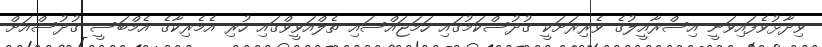
ވިދާޅުވެފައިވަނީ އިސްރާއީލުގެ ވެރިރަށަކީ ގުދުސްކަމުގައި ހަމަޖައްސައި ތެލްއަވީވްގައި ހުރި އެމެރިކާގެ އެމްބަސީ ގުދުސްއަށް